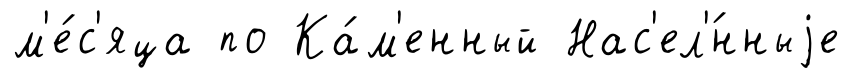
м'е́с'яца по Ка́м'енный Нас'ел'́нныjе